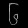
Digit: ၆